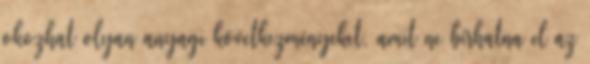
okozhat olyan anyagi következményeket, amit ne bírhatna el az